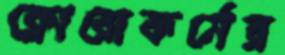
ক্লোরোফর্মের